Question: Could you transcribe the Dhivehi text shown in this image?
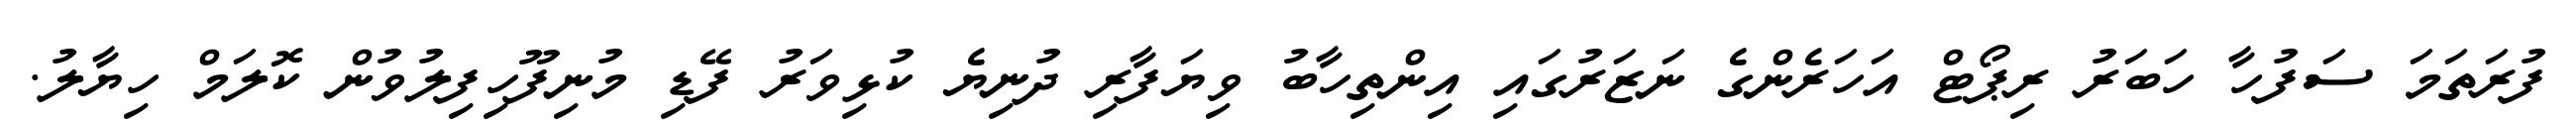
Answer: ފުރަތަމަ ސަފުހާ ހަބަރު ރިޕޯޓް އަހަރެންގެ ނަޒަރުގައި އިންތިހާބު ވިޔަފާރި ދުނިޔެ ކުޅިވަރު ފޭޑި މުނިފޫހިފިލުވުން ކޮލަމް ހިޔާލު.